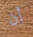
أن